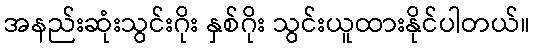
အနည်းဆုံးသွင်းဂိုး နှစ်ဂိုး သွင်းယူထားနိုင်ပါတယ်။